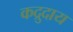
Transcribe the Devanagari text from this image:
कद्रुदाय